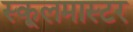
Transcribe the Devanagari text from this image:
स्कूलमास्टर